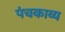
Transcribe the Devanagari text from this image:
पंचकाव्य